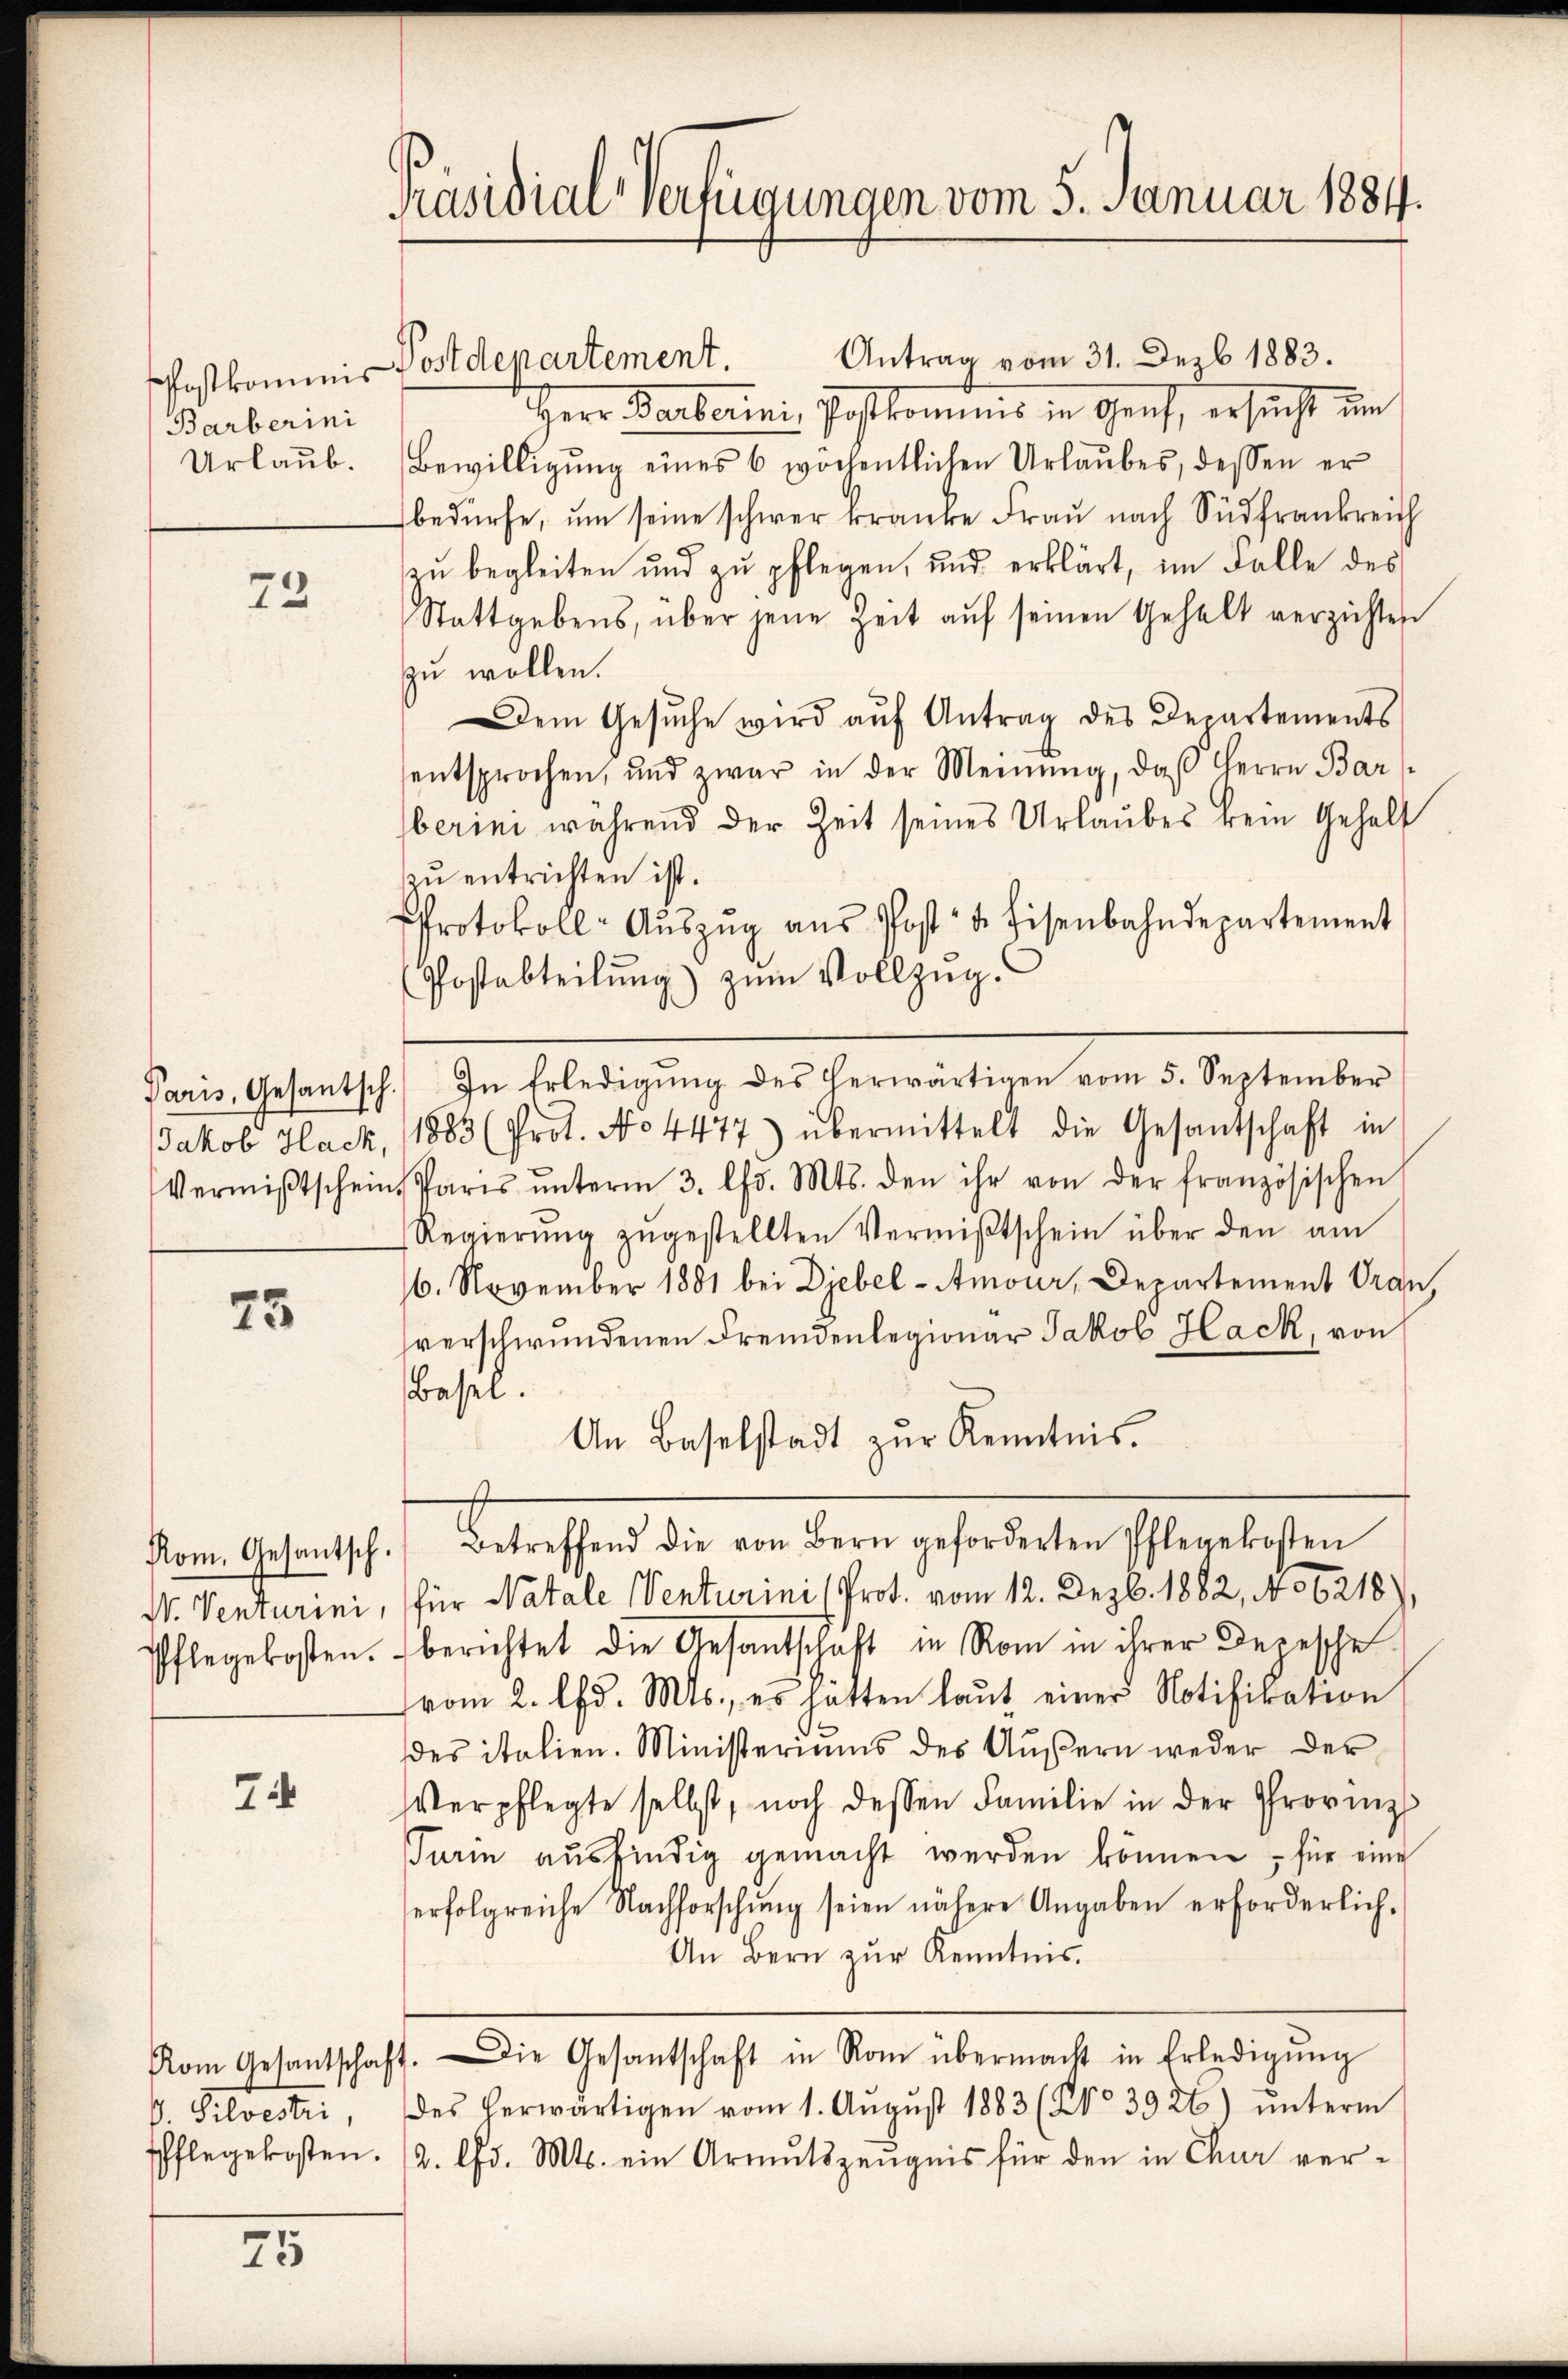
ffostkommis
Barberini
Urlaub.

73

75

Pflegekosten.

74

25

Präsidial-Verfügungen vom 5. Januar 1884.

Antrag vom 31. Dezb. 1883.
Postdepartement.
Herr Barbarini, Postkommnis in Genf, ersucht in
Bewilligŭng eines 6 wöchentlichen Urlaubes, dessen er
bedürfe, um seine schwer kranke Frau nach Südfrankreich
zu begleiten und zu pflegen, und erklärt, im Falle des
Stattgebens, über jene Zeit aŭf seinen Gehalt verzichten
zu wollen.
Dem Gesŭche wird aŭf Antrag des Departements
entsprochen, und zwar in der Meinung, daß Herrn Bar
berini während der Zeit seines Urlaubes kein Gehalt
zŭ entrichten ist.
Protokoll-Aŭszŭg aŭs Post u. Eisenbahndepartement
Postabteilung) zum Vollzug.
Paris, Gesantsch. In Erledigŭng des herwärtigen vom 5. September
Jakob Hack, 1883 (Prot. No 4477) übermittelt die Gesandschaft in
Vermißtschein Paris ŭnterm 3. lfd. Mts. den ihr von der französischen
Regierŭng zŭgestellten Vermißtschein über den am
6. November 1881 bei Diebel-Amour, Departement Oran,
hverschwundenen Fremdenlegionar Jakob Hack, von
Basel.
An Baselstadt zŭr Kenntnis.
Rom. Gesantsch. Betreffend die von Bern geforderten Pflegekosten
N. Venturini, (für Natale Venturini Prot. vom 12. Dezbr. 1882, 106218),
berichtet die Gesantschaft in Rom in ihrer Depesche
vom 2. lfd. Mts., es hätten laŭt einer Notifikation
des italien. Ministeriums des Aŭβern weder der
Verpflegte selbst, noch dessen Familie in der Provinz
Turin ausfindig gemacht werden können, für eine
erfolgreiche Nachforschŭng seien nähere Angaben erforderlich.
An Bern zur Kenntnis.
Kom Gesantschaft. Die Gesantschaft in Rom übermacht in Erledigŭng
b. Silvestri, des herwärtigen vom 1. Aŭgŭst 1883 (21. 3926) ŭnterm
Pflegekosten. 12. lfd. Mts. ein Armutszeugnis für den in Chur ver¬